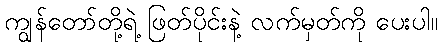
ကျွန်တော်တို့ရဲ့ ဖြတ်ပိုင်းနဲ့ လက်မှတ်ကို ပေးပါ။